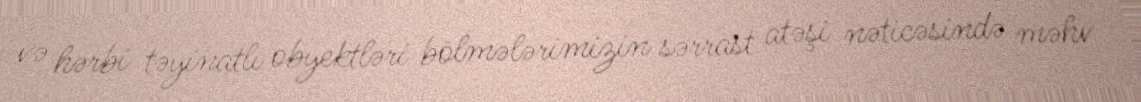
və hərbi təyinatlı obyektləri bölmələrimizin sərrast atəşi nəticəsində məhv